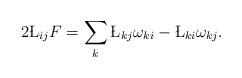
LaTeX: \begin{align*}2 \L_{ij} F =\sum_{k} \L_{kj}\omega_{ki} -\L_{ki}\omega_{kj}.\end{align*}